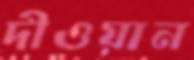
দীওয়ান